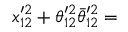
x _ { 1 2 } ^ { \prime 2 } + \theta _ { 1 2 } ^ { \prime 2 } \bar { \theta } _ { 1 2 } ^ { \prime 2 } =